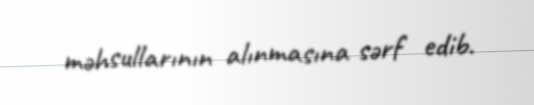
məhsullarının alınmasına sərf edib.